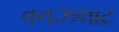
વનઝલાટ